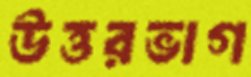
উত্তরভাগ